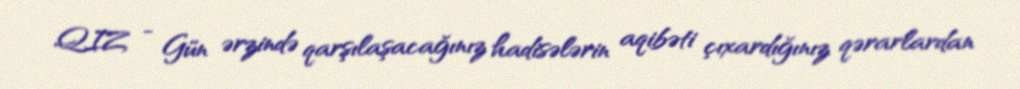
QIZ - Gün ərzində qarşılaşacağınız hadisələrin aqibəti çıxardığınız qərarlardan